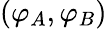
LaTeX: (\varphi_{A},\varphi_{B})